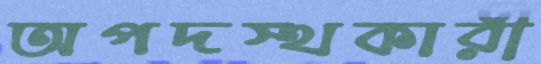
অপদস্থকারী